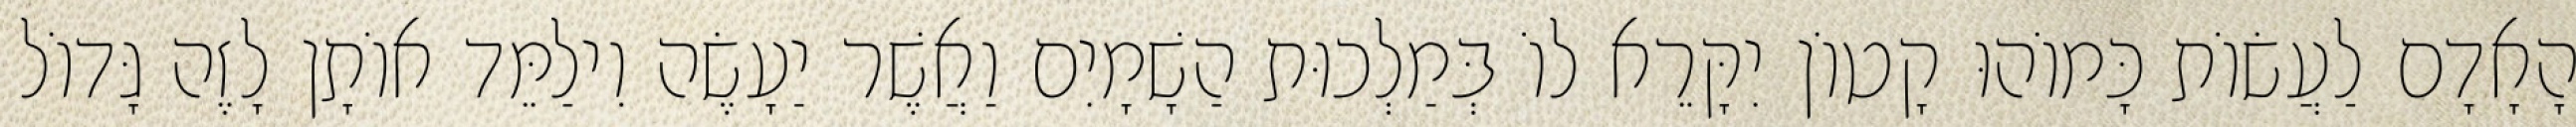
הָאָדָם לַעֲשׂוֹת כָּמוֹהוּ קָטוֹן יִקָּרֵא לוֹ בְּמַלְכוּת הַשָׁמָיִם וַאֲשֶׁר יַעָשֶׂה וִילַמֵּד אוֹתָן לָזֶה גָּדוֹל